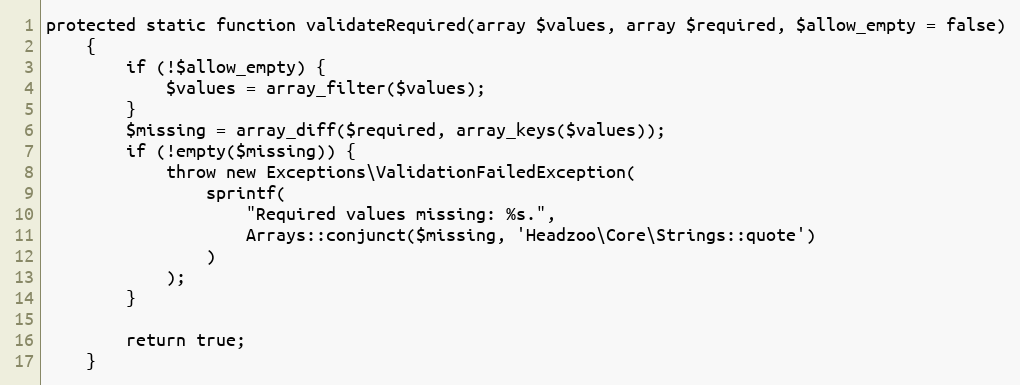
Language: PHP
protected static function validateRequired(array $values, array $required, $allow_empty = false)
    {
        if (!$allow_empty) {
            $values = array_filter($values);
        }
        $missing = array_diff($required, array_keys($values));
        if (!empty($missing)) {
            throw new Exceptions\ValidationFailedException(
                sprintf(
                    "Required values missing: %s.",
                    Arrays::conjunct($missing, 'Headzoo\Core\Strings::quote')
                )
            );
        }

        return true;
    }